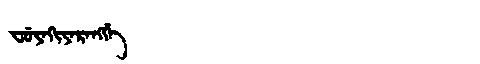
Manchu: ᠸᡠᠶᠠᡴᡳᠶᠠᡵᠠᠩᡤᡝ
Romanization: FUYAKIYARANGGE